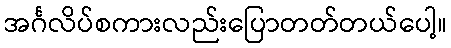
အင်္ဂလိပ်စကားလည်းပြောတတ်တယ်ပေါ့။